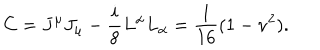
C = J ^ { \mu } J _ { \mu } - \frac { i } { 8 } L ^ { \alpha } L _ { \alpha } = \frac { 1 } { 1 6 } ( 1 - \nu ^ { 2 } ) .